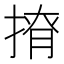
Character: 𢰒